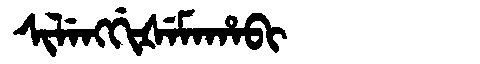
Manchu: ᠰᡳᠯᡝᠩᡤᡳᡧᡝᠮᠠᡥᠠᠪᡳ
Romanization: SILENGGIŠEMAHABI